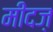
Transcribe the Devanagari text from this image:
मींदज़